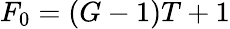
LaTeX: F_{0}=(G-1)T+1